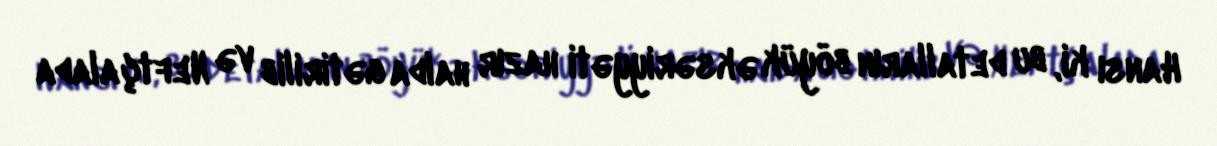
Hansı ki, bu detalların böyük əksəriyyəti hazır halda gətirilib və Neftçalada